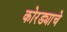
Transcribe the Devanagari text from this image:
कोरड्याचे